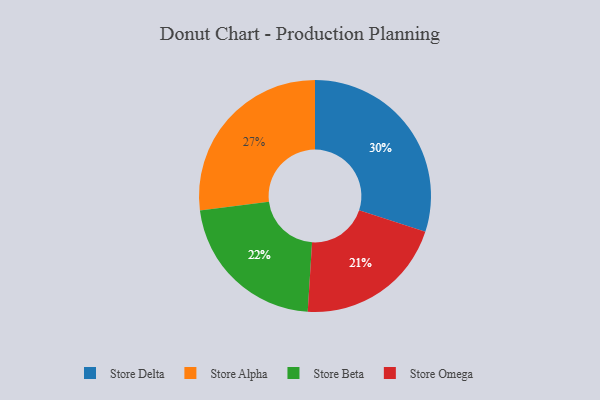
{"axis": {"x": "Category", "y": "Percentage"}, "legend": ["Store Alpha", "Store Beta", "Store Delta", "Store Omega"], "data": [{"x": "Store Delta", "y": 30, "type": "Store Delta"}, {"x": "Store Beta", "y": 22, "type": "Store Beta"}, {"x": "Store Omega", "y": 21, "type": "Store Omega"}, {"x": "Store Alpha", "y": 27, "type": "Store Alpha"}]}